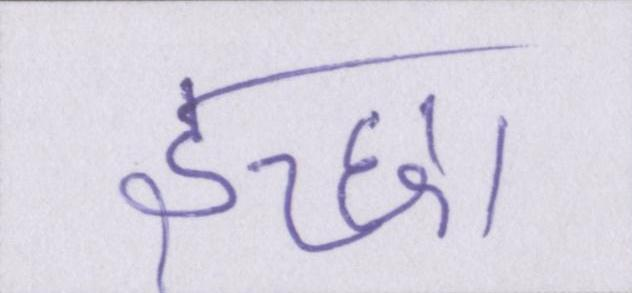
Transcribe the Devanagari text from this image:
इच्छा